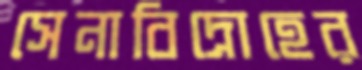
সেনাবিদ্রোহের